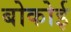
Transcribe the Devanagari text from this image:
बोकोई